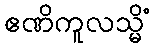
ဧဏိကူလသ္မိံ